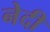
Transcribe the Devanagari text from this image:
नेदी